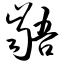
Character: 龉